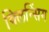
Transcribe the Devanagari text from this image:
क्लिन्सिंग